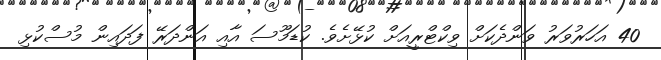
40 އަހަރުވަރު ވަންދެކަށް ވިކްޓްރީއަށް ކުޅޭށެވެ. ކުޑަމޫސަ އާއި އަންދަރޭ ފަދައިން މުސްކުޅި